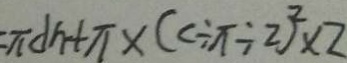
\pi d h + \pi \times ( c \div \pi \div 2 ) ^ { 2 } \times 2